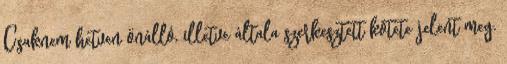
Csaknem hetven önálló, illetve általa szerkesztett kötete jelent meg.